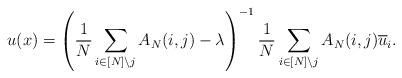
LaTeX: \begin{align*}u(x)=\left(\frac{1}{N} \sum_{i \in [N] \setminus j} A_N(i,j) - \lambda\right)^{-1}\frac{1}{N}\sum_{i \in [N] \setminus j} A_N(i,j)\overline{u}_i.\end{align*}